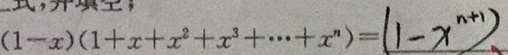
( 1 - x ) ( 1 + x + x ^ { 2 } + x ^ { 3 } + \cdots + x ^ { n } ) = ( 1 - x ^ { n + 1 } )